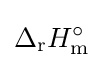
\mathrm {\Delta } _{\mathrm {r} }H_{\mathrm {m} }^{\circ }